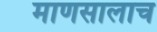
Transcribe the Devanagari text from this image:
माणसालाच